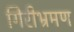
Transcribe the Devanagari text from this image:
गिरीभ्रमण